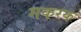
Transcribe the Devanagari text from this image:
मकरक